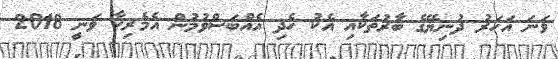
ވަނަ އަހަރު ދުނިޔޭގެ ބާރުތަކާއި އެކު ހެދި އެއްބަސްވުމުން އެމެރިކާ ވަނީ 2018